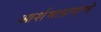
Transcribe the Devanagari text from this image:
आर्शमाप्रमाणे